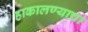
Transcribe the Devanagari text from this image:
हाकालण्याचा